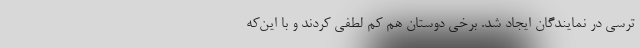
ترسی در نمایندگان ایجاد شد. برخی دوستان هم کم لطفی کردند و با این‌که